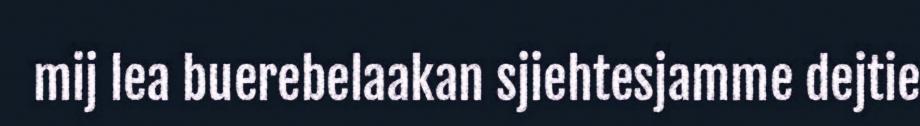
mij lea buerebelaakan sjiehtesjamme dejtie